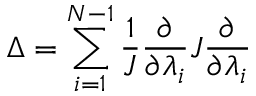
\Delta = \sum _ { i = 1 } ^ { N - 1 } \frac { 1 } { J } \frac { \partial } { \partial \lambda _ { i } } J \frac { \partial } { \partial \lambda _ { i } }